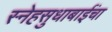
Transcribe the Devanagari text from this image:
स्नेहसुधाबाईंचा